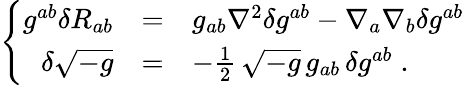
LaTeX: \left\{ \begin{array}{rcl}{{g^{ab}\delta R_{ab}}}&{{=}}&{{g_{ab}\nabla^{2}\delta g^{ab}-\nabla_{a}\nabla_{b}\delta g^{ab}}}\\ {{\delta\sqrt{-g}}}&{{=}}&{{-{\frac{1}{2}}\, \sqrt{-g}\, g_{ab}\, \delta g^{ab}\; .}}\end{array}\right.